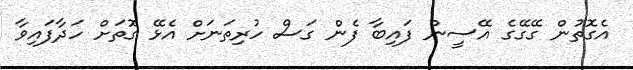
އެގޮތުން ގޭގޭގެ އޭސީން ފައިބާ ފެން ގަސް ހުރިތަނަށް އެޅޭ ގޮތަށް ހަދާފައިވާ